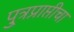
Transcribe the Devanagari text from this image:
पु्त्रप्राप्तीचा